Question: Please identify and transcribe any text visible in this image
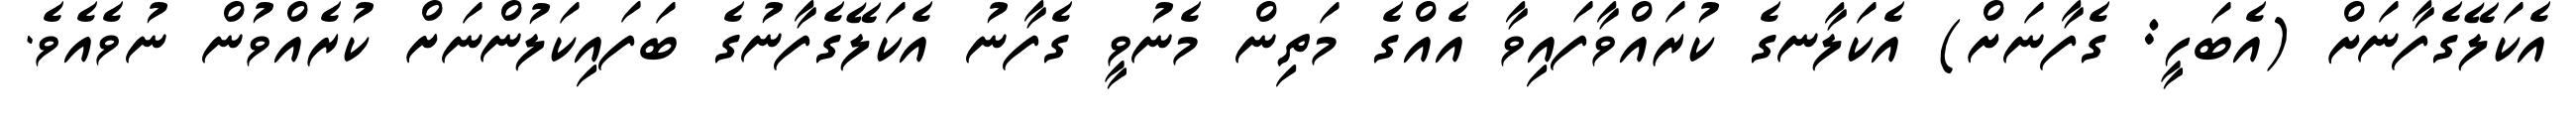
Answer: އެކަލޭގެފާނަށް (އެބަހީ: ގެފާނަށް) އެކަލާނގެ ކުރައްވާފައިވާ އެއްގެ މަތިން މެނުވީ ގެފާނު އެކަލޭގެފާނުގެ ބަފައިކަލުންނަށް ކުރެއްވުން ނުވެއެވެ.